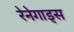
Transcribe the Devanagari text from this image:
रेनेगाड्स